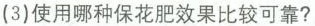
(3)使用哪种保花肥效果比较可靠？